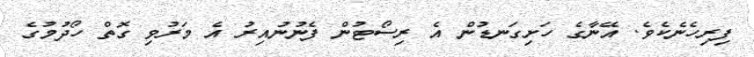
ފިރިހެނެކެވެ. އޭނާގެ ހަށިގަނޑުން އެ ރިސޯޓުން ފެނުނުއިރު އެ މަރުވި ގޮތް ހޯދުމުގެ